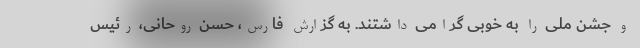
و جشن ملّی را به خوبی گرامی داشتند. به گزارش فارس، حسن روحانی، رئیس